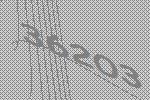
36203